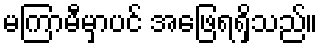
မကြာမီမှာပင် အဖြေရရှိသည်။